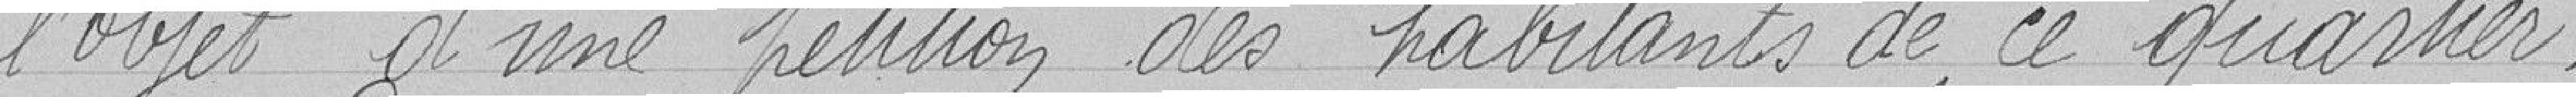
l'objet d'une pétition des habitants de ce quartier.